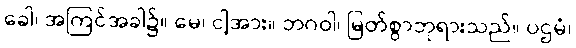
ခေါ၊ အကြင်အခါ၌။ မေ၊ ငါ့အား။ ဘဂဝါ၊ မြတ်စွာဘုရားသည်။ ပဌမံ၊